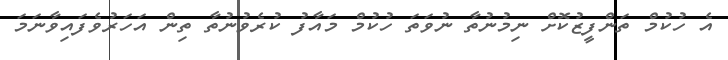
އެ ހުކުމް ތަންފީޒުކޮށް ނިމުނުތާ ނުވަތަ ހުކުމް މައާފު ކުރެވުނުތާ ތިން އަހަރުވެފައިވާނަމަ